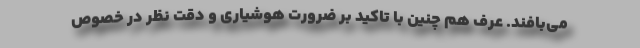
می‌بافند. عرف هم چنین با تاکید بر ضرورت هوشیاری و دقت نظر در خصوص